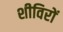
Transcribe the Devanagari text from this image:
शीविरों